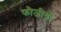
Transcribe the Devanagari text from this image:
फौजीयों